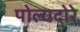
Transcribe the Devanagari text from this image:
पोल्यदोरे